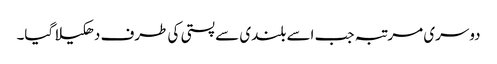
دوسری مرتبہ جب اسے بلندی سے پستی کی طرف دھکیلا گیا۔